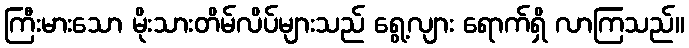
ကြီးမားသော မိုးသားတိမ်လိပ်များသည် ရွေ့လျား ရောက်ရှိ လာကြသည်။